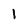
Character: 1